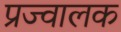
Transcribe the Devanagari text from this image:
प्रज्वालक